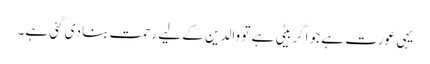
یہی عورت ہے جو اگر بیٹی ہے تو والدین کے لیے رحمت بنا دی گئی ہے۔